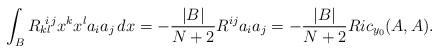
LaTeX: \begin{align*} \int_{B}R_k\!{}^i\!{}_l{}^jx^kx^l a_i a_j\,dx = -\frac{|B|}{N+2} R^{ij} a_i a_j= -\frac{|B|}{N+2} Ric_{y_0}(A,A).\end{align*}